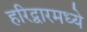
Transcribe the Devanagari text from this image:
हरिद्वारमध्ये